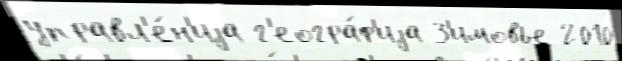
управл'е́н'иjа г'еогра́ф'иjа З'имовье 2010